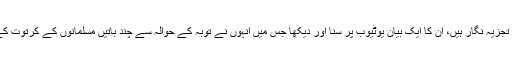
حسن نثار ایک معروف تجزیہ نگار ہیں، ان کا ایک بیان یوٹیوب پر سنا اور دیکھا جس میں انہوں نے توبہ کے حوالہ سے چند باتیں مسلمانوں کے کرتوت کے بارے میں بیان کیں ۔